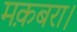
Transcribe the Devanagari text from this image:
मक़बरा।